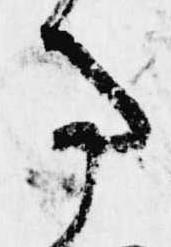
事